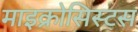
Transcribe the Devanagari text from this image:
माइक्रोसिस्टस